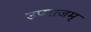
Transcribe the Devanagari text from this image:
उपराजम्